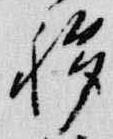
移